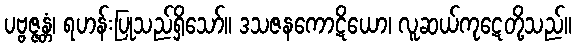
ပဗ္ဗဇ္ဇန္တံ၊ ရဟန်းပြုသည်ရှိသော်။ ဒသဇနကောဋိယော၊ လူဆယ်ကုဋေတို့သည်။